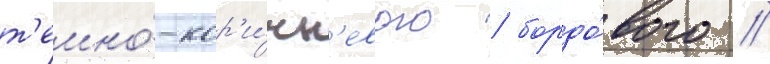
т'емно́-кор'и́чн'евого / бордо́вого /